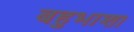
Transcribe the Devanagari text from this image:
बहुभाशा